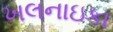
ખલનાઇકા